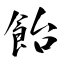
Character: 飴